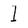
Character: I